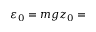
\varepsilon _ { 0 } = m g z _ { 0 } =